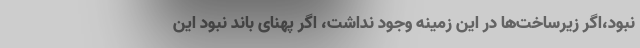
نبود،اگر زیرساخت‌ها در این زمینه وجود نداشت، اگر پهنای باند نبود این